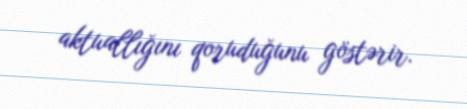
aktuallığını qoruduğunu göstərir.